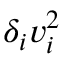
\delta _ { i } v _ { i } ^ { 2 }